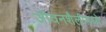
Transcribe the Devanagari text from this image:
जीवनशैलीमध्ये